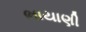
ભાયાણી